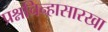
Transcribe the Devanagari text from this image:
प्रश्नचिन्हासारखा